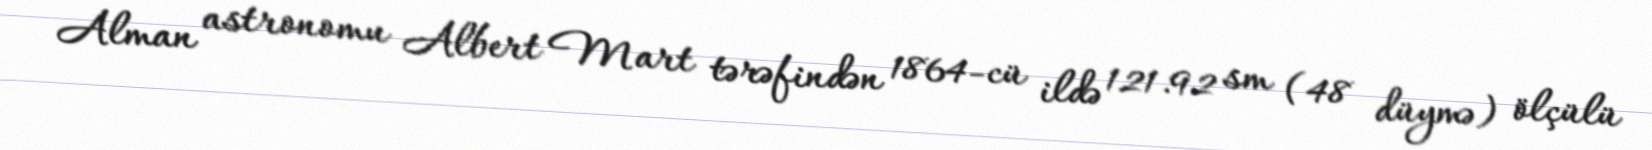
Alman astronomu Albert Mart tərəfindən 1864-cü ildə 121.92 sm (48 düymə) ölçülü